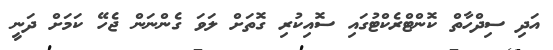
އަދި ސިދްހާތް ކޮންޓްރެކްޓުގައި ސޮއިކުރި ގޮތަށް ލަވަ ގެންނަން ޖެހޭ ކަމަށް ދަނީ